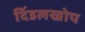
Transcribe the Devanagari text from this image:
दिंडलखोप